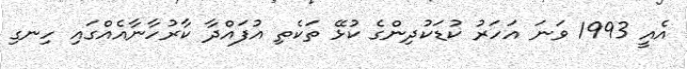
އެއީ 1993 ވަނަ އަހަރު ކުޑަކުދިންގެ ކުޅޭ ތަކެތި އުފައްދާ ކާރުހާނާއެއްގައި ހިނގި